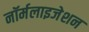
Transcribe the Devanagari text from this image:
नॉर्मलाइजेशन